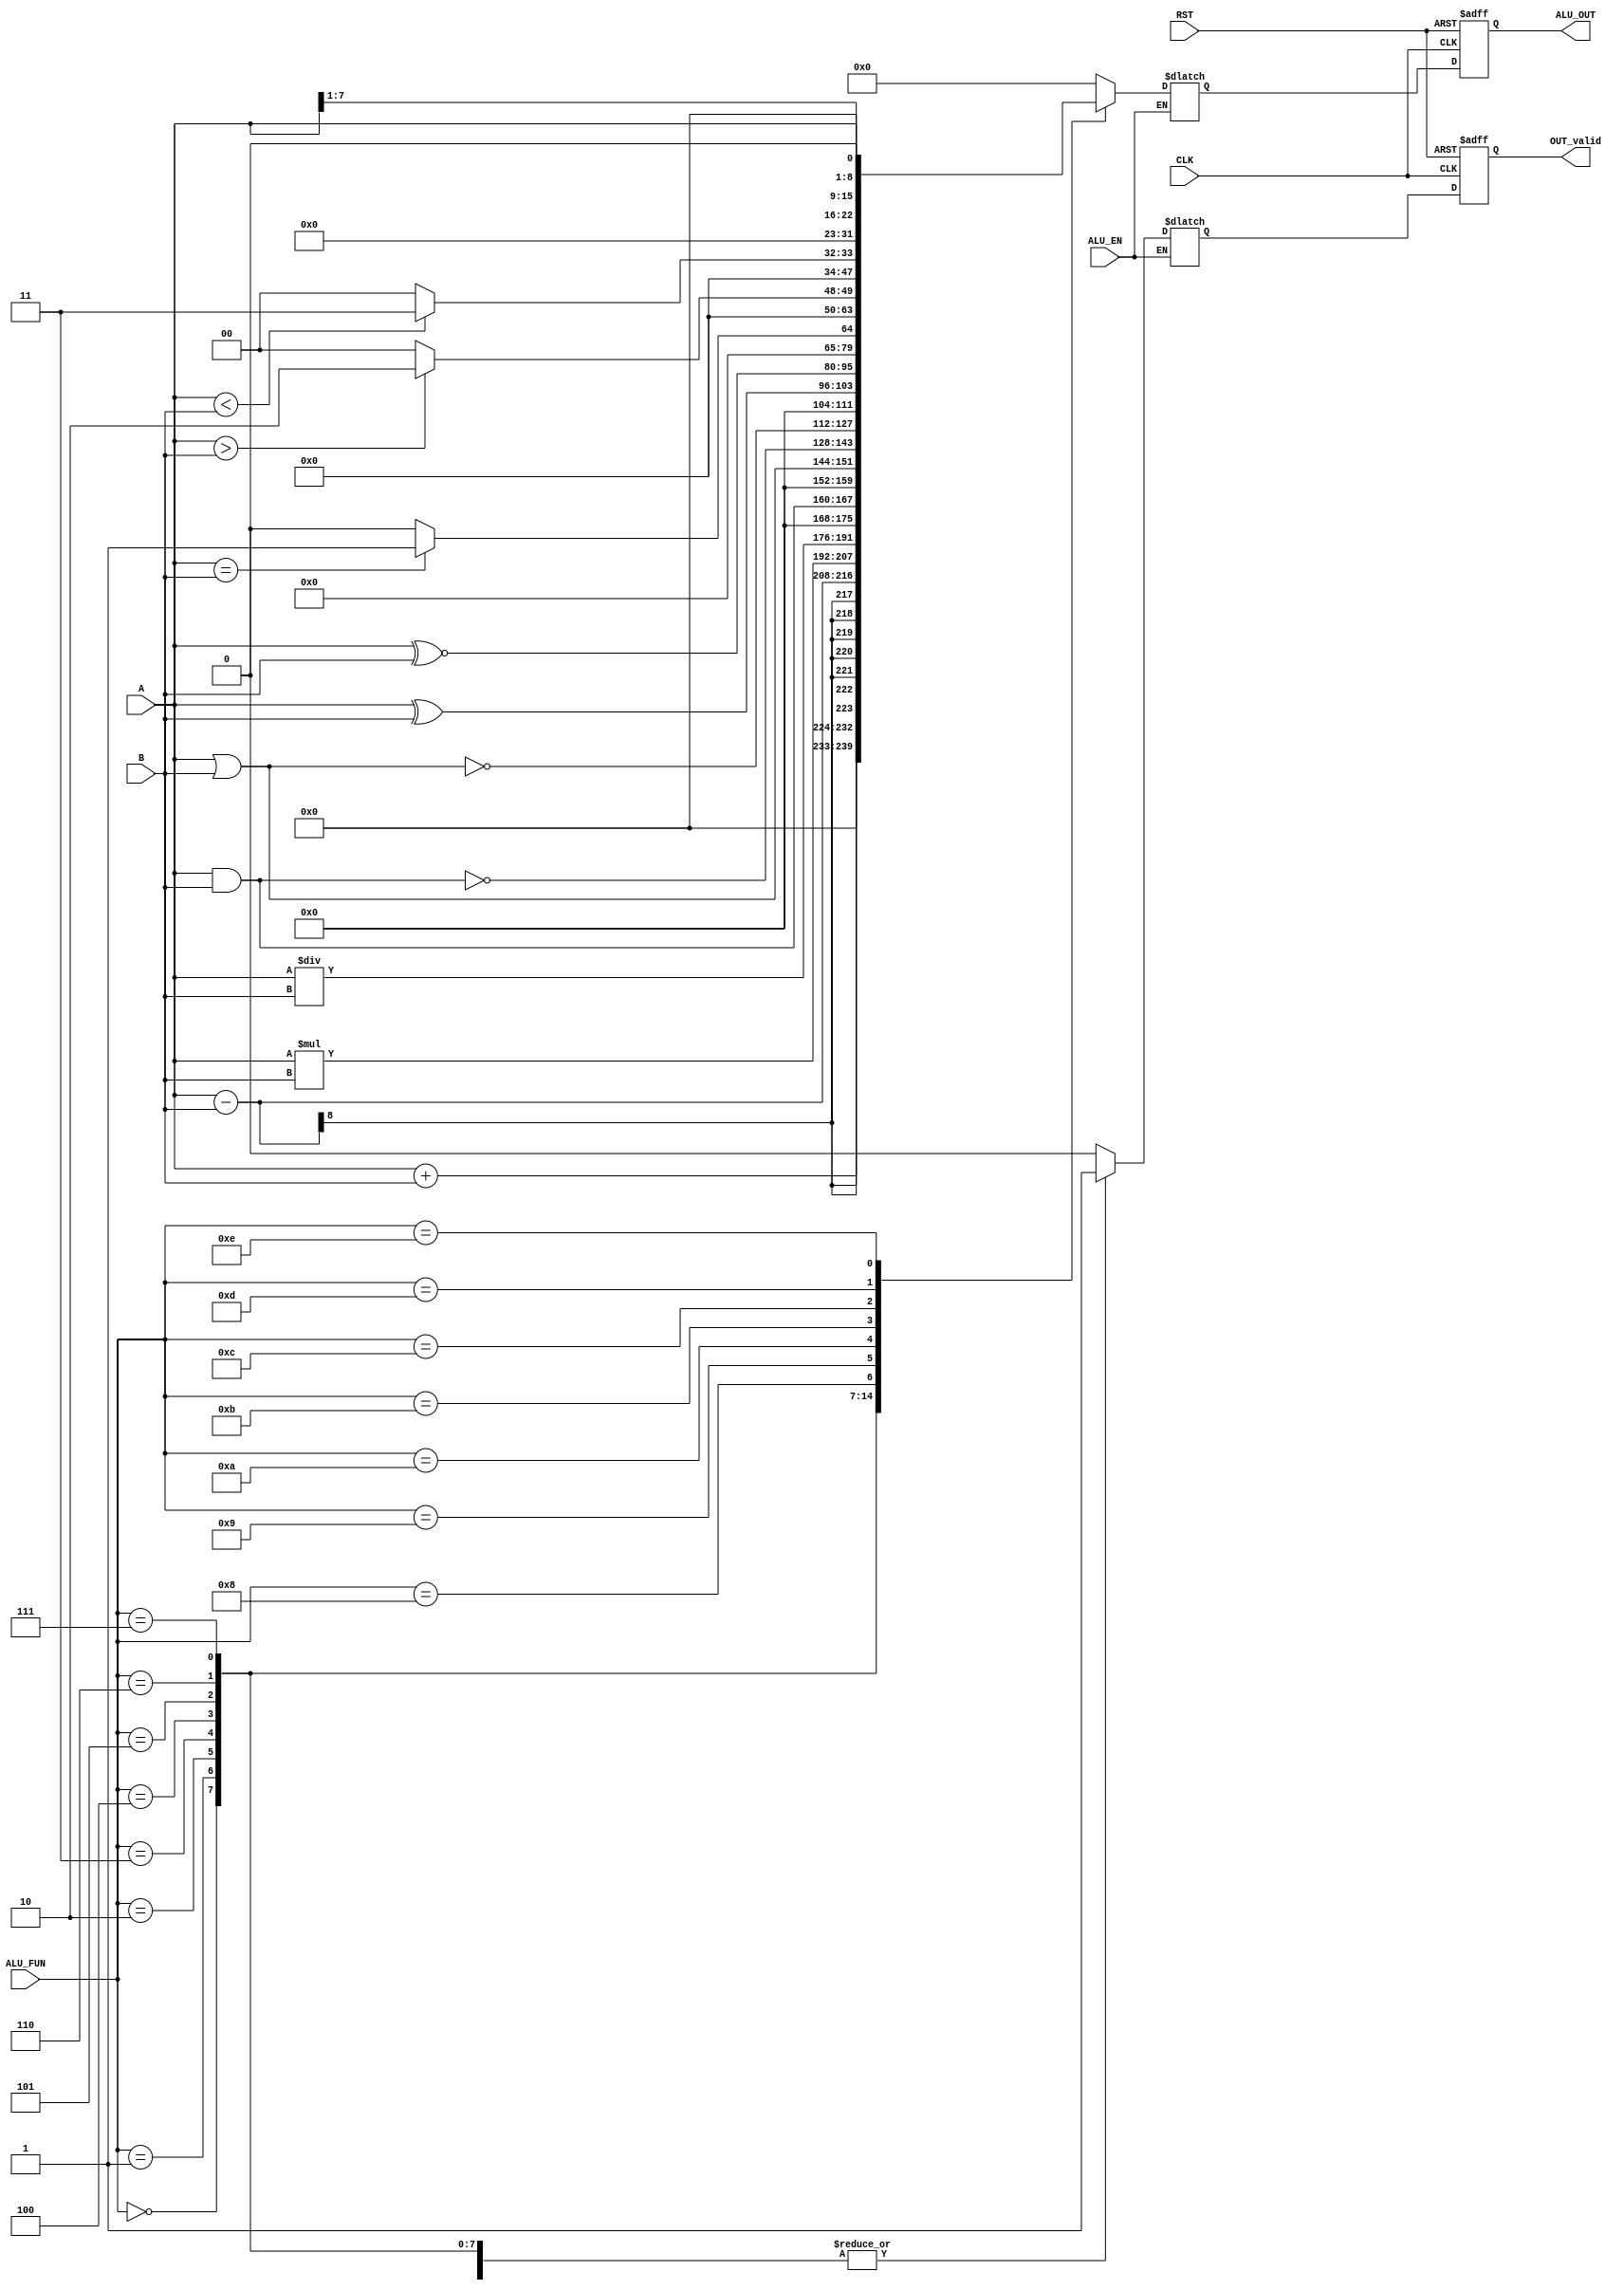

module ALU(
  //port list
  input      [7:0] A,B,
  input      [3:0]  ALU_FUN,
  input             CLK,
  input             RST,
  input             ALU_EN,
  output reg [15:0] ALU_OUT,
  output reg        OUT_valid
  );
  reg [15:0] ALU_OUT_internal;
  reg        OUT_valid_internal;


   //make the value of the counter change only when there is posegde
  always@(posedge CLK or negedge RST)
begin
if(!RST)
begin
 ALU_OUT<=0;
 OUT_valid<=0;
end
else
begin

 ALU_OUT<=ALU_OUT_internal;
 OUT_valid<=OUT_valid_internal;
end
end



  always @(*)
  begin
    if(ALU_EN)
      begin
    case(ALU_FUN)
      
     4'b0000:begin
       OUT_valid_internal=1;
       ALU_OUT_internal=A+B;
     end 
     
     4'b0001:begin
       OUT_valid_internal=1;
       ALU_OUT_internal=A-B;
       
     end
      
     4'b0010:begin
       ALU_OUT_internal=A*B;
       OUT_valid_internal=1;
     end
      
     4'b0011:begin
       ALU_OUT_internal=A/B;
       OUT_valid_internal=1;
     end
     
     4'b0100:begin
       ALU_OUT_internal=A&B;
       OUT_valid_internal=1;
     end
      
     4'b0101:begin
      ALU_OUT_internal=A|B;
      OUT_valid_internal=1;
     end 
     
     4'b0110:begin
       ALU_OUT_internal=~(A&B);
       OUT_valid_internal=1;
     end
      
     4'b0111:begin
       ALU_OUT_internal=~(A|B);
       OUT_valid_internal=1;
     end
     
     4'b1000:begin
       ALU_OUT_internal=A^B;
       OUT_valid_internal=1;
     end
      
     4'b1001:begin
       ALU_OUT_internal=A~^B;
       OUT_valid_internal=1;
     end 
     
     4'b1010:begin
       if(A==B)
         begin
            ALU_OUT_internal=16'b1;
            OUT_valid_internal=1;
         end
       else
         begin
           ALU_OUT_internal=16'b0;
           OUT_valid_internal=1;
         end
     end 
     
     4'b1011:begin
       if(A>B)
         begin
            ALU_OUT_internal=16'b10;
            OUT_valid_internal=1;
         end
       else
         begin
           ALU_OUT_internal=16'b0;
           OUT_valid_internal=1;
         end
     end
     
     4'b1100:begin
       if(A<B)
         begin
           ALU_OUT_internal=16'b11;
           OUT_valid_internal=1;
         end
       else
         begin
           ALU_OUT_internal=16'b0;
           OUT_valid_internal=1;
         end
     end
      
     4'b1101:begin
       ALU_OUT_internal=A>>1;
       OUT_valid_internal=1;
     end 
     4'b1110:begin
       ALU_OUT_internal=A<<1;
       OUT_valid_internal=1;
     end
     
     default:
     begin
       ALU_OUT_internal=0;
      OUT_valid_internal=0;
     end
     
   endcase 
 end
   end

endmodule